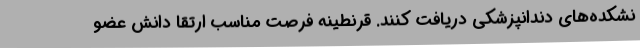
نشکده‌های دندانپزشکی دریافت کنند. قرنطینه فرصت مناسب ارتقا دانش عضو